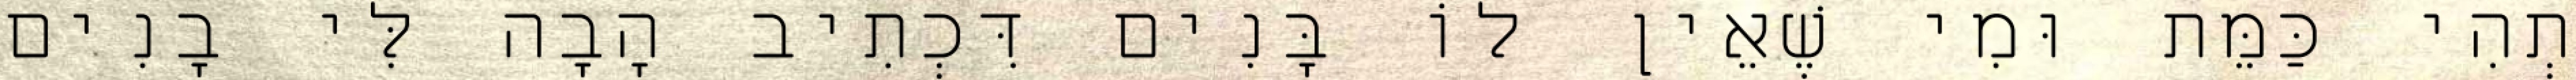
תְהִי כַּמֵּת וּמִי שֶׁאֵין לוֹ בָּנִים דִּכְתִיב הָבָה לִּי בָנִים